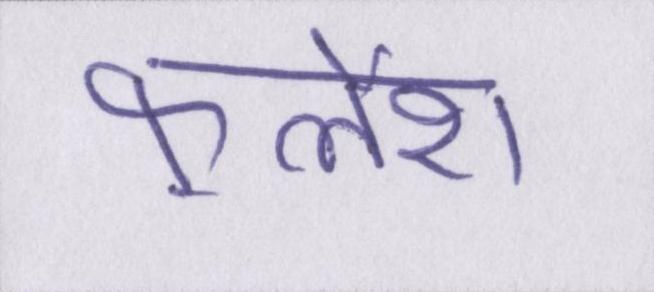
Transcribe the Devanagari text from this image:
फ़्लैश